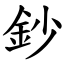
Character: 鈔